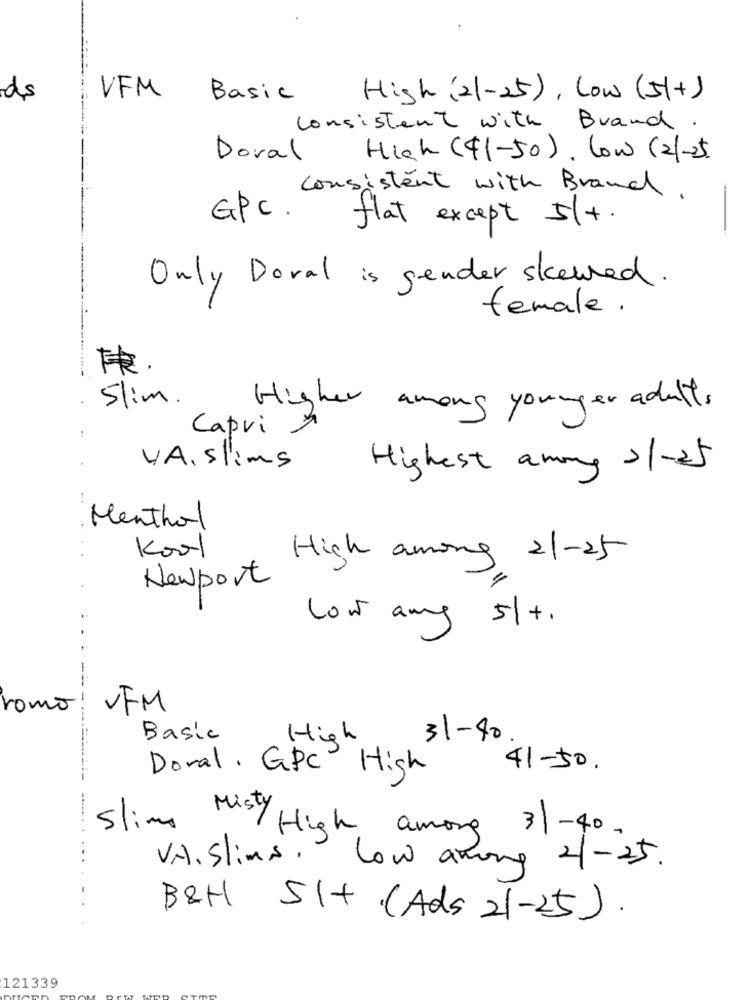
ds
VFM
Basic
High (21-25), Low (5+)
consistent with Brand .
Doral High (41-50). Low (21-25)
consistent with Brand.
GPC. flat except 5(+.
Only Doval is gender skewed.
female.
Slim.
Higher among younger adults
Capri
VA. slims
Highest among >/-25
Menthol
Kool
Newport High among 21-25
Low any 5/+.
romo!
VFM
Basic
High
31-40
Doral. GPC High
41-50.
Slime Mis/ High among 31-40.
VA. Slims, Low among 2/-25.
B&H Slt (Ads 21-25).
121339